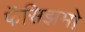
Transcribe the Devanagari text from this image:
फॅसिझमो